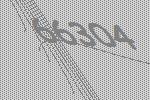
66304